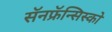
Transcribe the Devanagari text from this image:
सॅनफ्रॅन्सिस्को